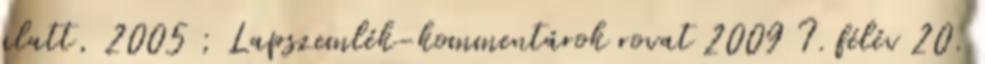
alatt, 2005 ; Lapszemlék-kommentárok rovat 2009 I. félév 20.